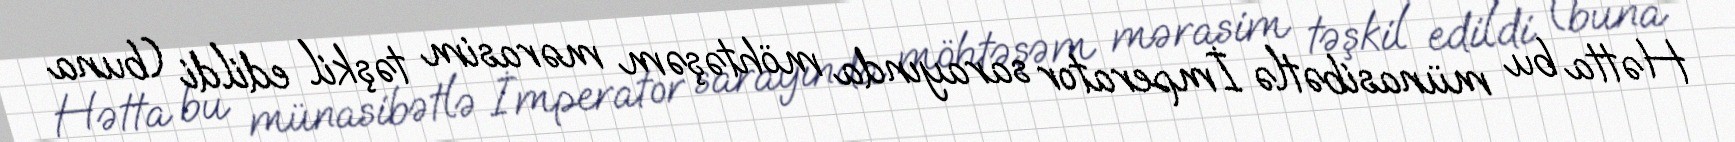
Hətta bu münasibətlə İmperator sarayında möhtəşəm mərasim təşkil edildi (buna